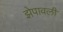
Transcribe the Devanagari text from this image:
झेपावली